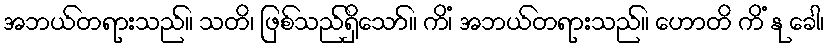
အဘယ်တရားသည်။ သတိ၊ ဖြစ်သည်ရှိသော်။ ကိံ၊ အဘယ်တရားသည်။ ဟောတိ ကိံ နု ခေါ၊